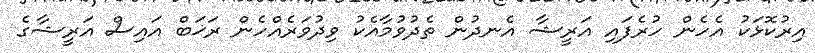
އިރުކޮޅަކު އެހެން ހުރެފައި އަރީޝާ އެނދުން ތެދުވުމާއެކު ވިދުވަރެއްހެން ރަޚަބް އައިސް އަރީޝާގެ